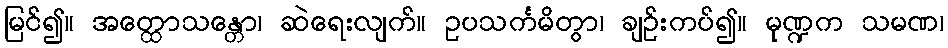
မြင်၍။ အတ္ထောသန္တော၊ ဆဲရေးလျက်။ ဥပသင်္ကမိတွာ၊ ချဉ်းကပ်၍။ မုဏ္ဍက သမဏ၊